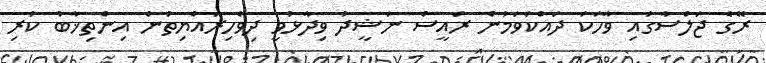
ރޭގެ ޖަލްސާގައި ވާހަކަ ދައްކަވަމުން ރައީސް ނަޝީދު ވިދާޅުވީ ދިވެހިރައްޔިތުން އިންތިޚާބު ކުރި